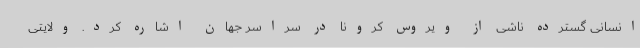
انسانی گسترده ناشی از ویروس کرونا در سراسر جهان اشاره کرد. ولایتی